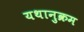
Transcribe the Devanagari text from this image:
यथानुक्रम